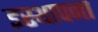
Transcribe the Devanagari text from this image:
इस्थापना